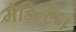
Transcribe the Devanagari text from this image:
मेडिल्टन